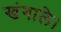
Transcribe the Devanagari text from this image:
खंगाले।